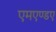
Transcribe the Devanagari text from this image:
एमएण्डए